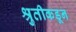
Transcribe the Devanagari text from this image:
श्रुतीकडून